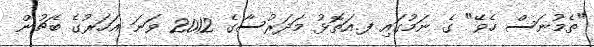
"ތެމުނަސް ހެވޭ" ގެ ނަމުގައި ފ.އަތޮޅު މަދަރުސާގެ 2012 ވަނަ އަހަރުގެ ބެޗުން